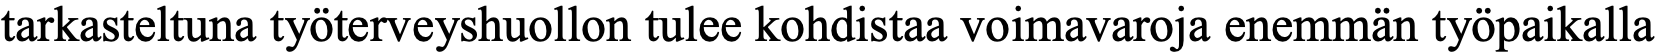
tarkasteltuna työterveyshuollon tulee kohdistaa voimavaroja enemmän työpaikalla